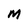
Character: m